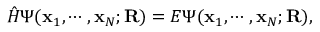
\hat { H } \Psi ( \mathbf { x } _ { 1 } , \cdots , \mathbf { x } _ { N } ; \mathbf { R } ) = E \Psi ( \mathbf { x } _ { 1 } , \cdots , \mathbf { x } _ { N } ; \mathbf { R } ) ,